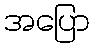
အပြော